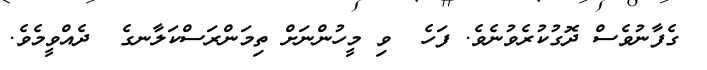
ގެފާނުވެސް ދޮގުކުރެވުނެވެ. ފަހެ  ވި މީހުންނަށް ތިމަންރަސްކަލާނގެ  ދެއްވީމެވެ.